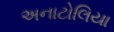
અનાટોલિયા